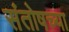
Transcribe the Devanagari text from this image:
संतोषच्या